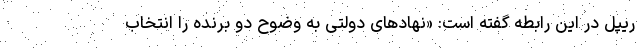
ریپل در این رابطه گفته است: «نهادهای دولتی به وضوح دو برنده را انتخاب